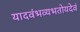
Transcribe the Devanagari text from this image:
यादवंभव्यभतोयदेवं